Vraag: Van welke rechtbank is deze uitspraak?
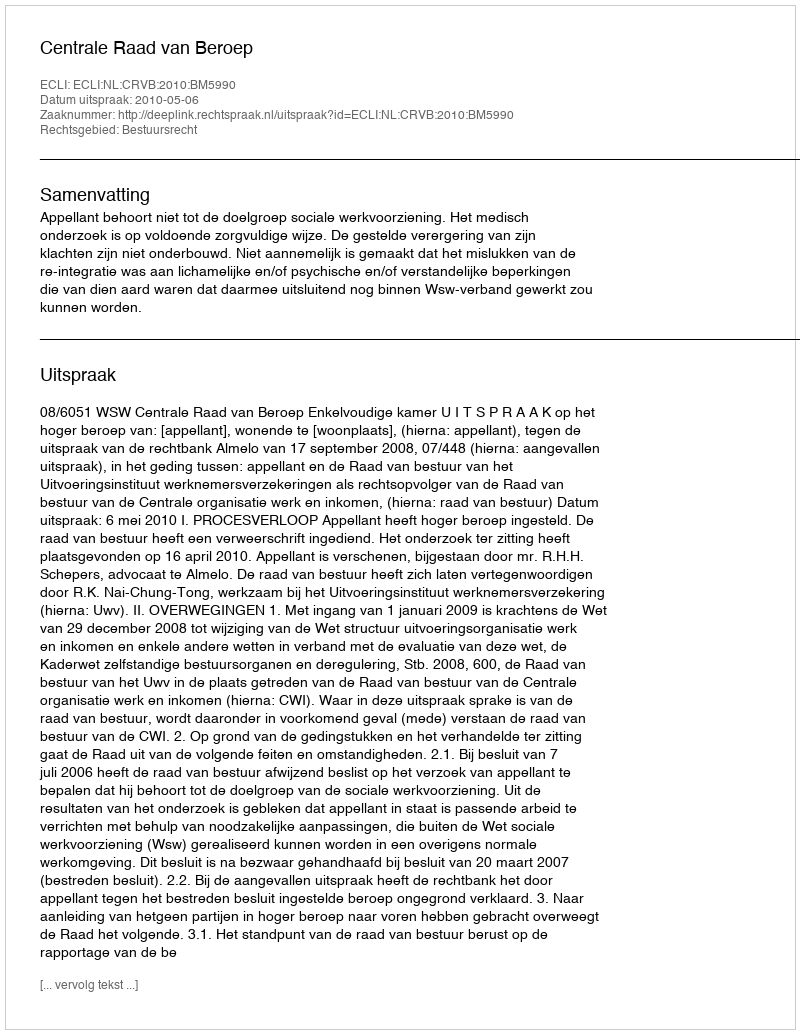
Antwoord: Centrale Raad van Beroep